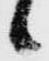
候